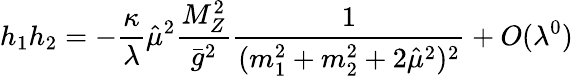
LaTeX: h_{1}h_{2}=-\frac{\kappa}{\lambda}\hat{\mu}^{2}\frac{M_{Z}^{2}}{\bar{g}^{2}}\frac{1}{(m_{1}^{2}+m_{2}^{2}+2\hat{\mu}^{2})^{2}}+O(\lambda^{0})